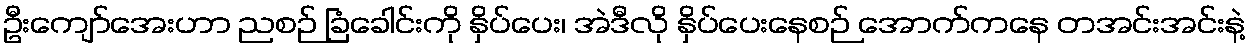
ဦးကျော်အေးဟာ ညစဉ် ခြံခေါင်းကို နှိပ်ပေး၊ အဲဒီလို နှိပ်ပေးနေစဉ် အောက်ကနေ တအင်းအင်းနဲ့